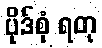
ပိုဒ်စုံ ရတု